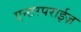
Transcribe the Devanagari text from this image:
एन्टरपराईज़